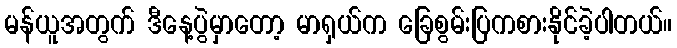
မန်ယူအတွက် ဒီနေ့ပွဲမှာတော့ မာရှယ်က ခြေစွမ်းပြကစားနိုင်ခဲ့ပါတယ်။